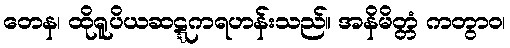
တေန၊ ထိုရူပိယဆဋ္ဋကရဟန်းသည်။ အနိမိတ္တံ ကတွာဝ၊